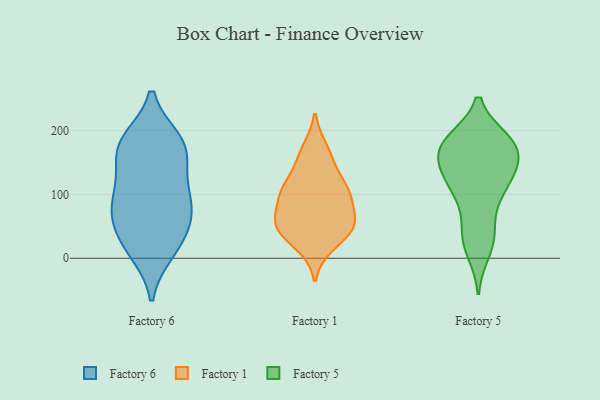
{"axis": {"x": "Inventory Turnover", "y": "Value"}, "legend": ["Factory 1", "Factory 5", "Factory 6"], "data": [{"x": "", "y": 179, "type": "Factory 6"}, {"x": "", "y": 185, "type": "Factory 6"}, {"x": "", "y": 80, "type": "Factory 6"}, {"x": "", "y": 163, "type": "Factory 6"}, {"x": "", "y": 129, "type": "Factory 6"}, {"x": "", "y": 26, "type": "Factory 6"}, {"x": "", "y": 179, "type": "Factory 6"}, {"x": "", "y": 54, "type": "Factory 6"}, {"x": "", "y": 91, "type": "Factory 6"}, {"x": "", "y": 53, "type": "Factory 6"}, {"x": "", "y": 86, "type": "Factory 6"}, {"x": "", "y": 13, "type": "Factory 6"}, {"x": "", "y": 131, "type": "Factory 6"}, {"x": "", "y": 10, "type": "Factory 6"}, {"x": "", "y": 81, "type": "Factory 6"}, {"x": "", "y": 182, "type": "Factory 6"}, {"x": "", "y": 50, "type": "Factory 1"}, {"x": "", "y": 106, "type": "Factory 1"}, {"x": "", "y": 107, "type": "Factory 1"}, {"x": "", "y": 107, "type": "Factory 1"}, {"x": "", "y": 55, "type": "Factory 1"}, {"x": "", "y": 84, "type": "Factory 1"}, {"x": "", "y": 45, "type": "Factory 1"}, {"x": "", "y": 171, "type": "Factory 1"}, {"x": "", "y": 19, "type": "Factory 1"}, {"x": "", "y": 54, "type": "Factory 1"}, {"x": "", "y": 148, "type": "Factory 1"}, {"x": "", "y": 167, "type": "Factory 5"}, {"x": "", "y": 141, "type": "Factory 5"}, {"x": "", "y": 26, "type": "Factory 5"}, {"x": "", "y": 184, "type": "Factory 5"}, {"x": "", "y": 91, "type": "Factory 5"}, {"x": "", "y": 116, "type": "Factory 5"}, {"x": "", "y": 39, "type": "Factory 5"}, {"x": "", "y": 134, "type": "Factory 5"}, {"x": "", "y": 127, "type": "Factory 5"}, {"x": "", "y": 175, "type": "Factory 5"}, {"x": "", "y": 124, "type": "Factory 5"}, {"x": "", "y": 41, "type": "Factory 5"}, {"x": "", "y": 102, "type": "Factory 5"}, {"x": "", "y": 175, "type": "Factory 5"}, {"x": "", "y": 180, "type": "Factory 5"}, {"x": "", "y": 184, "type": "Factory 5"}, {"x": "", "y": 164, "type": "Factory 5"}, {"x": "", "y": 12, "type": "Factory 5"}, {"x": "", "y": 178, "type": "Factory 5"}]}